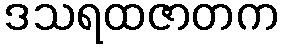
ဒသရထဇာတက